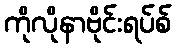
ကိုလိုနာဗိုင်းရပ်စ်